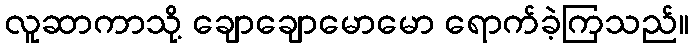
လူဆာကာသို့ ချောချောမောမော ရောက်ခဲ့ကြသည်။